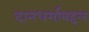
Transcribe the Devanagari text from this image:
दानधर्माबद्दल